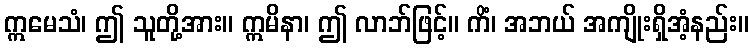
ဣမေသံ၊ ဤ သူတို့အား။ ဣမိနာ၊ ဤ လာဘ်ဖြင့်။ ကိံ၊ အဘယ် အကျိုးရှိအံ့နည်း။